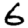
Digit: 6